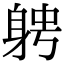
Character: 𨉂